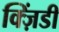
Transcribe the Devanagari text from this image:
क्ज़िंडी